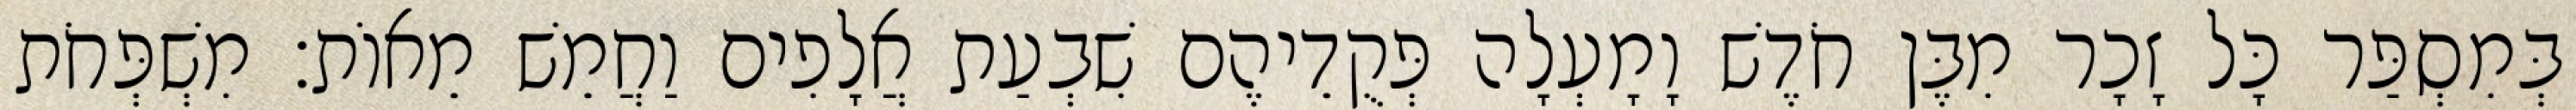
בְּמִסְפַּר כָּל זָכָר מִבֶּן חֹדֶשׁ וָמָעְלָה פְּקֻדֵיהֶם שִׁבְעַת אֲלָפִים וַחֲמֵשׁ מֵאוֹת׃ מִשְׁפְּחֹת